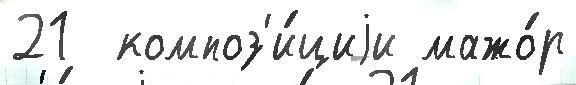
21  композ'и́циjи мажо́р